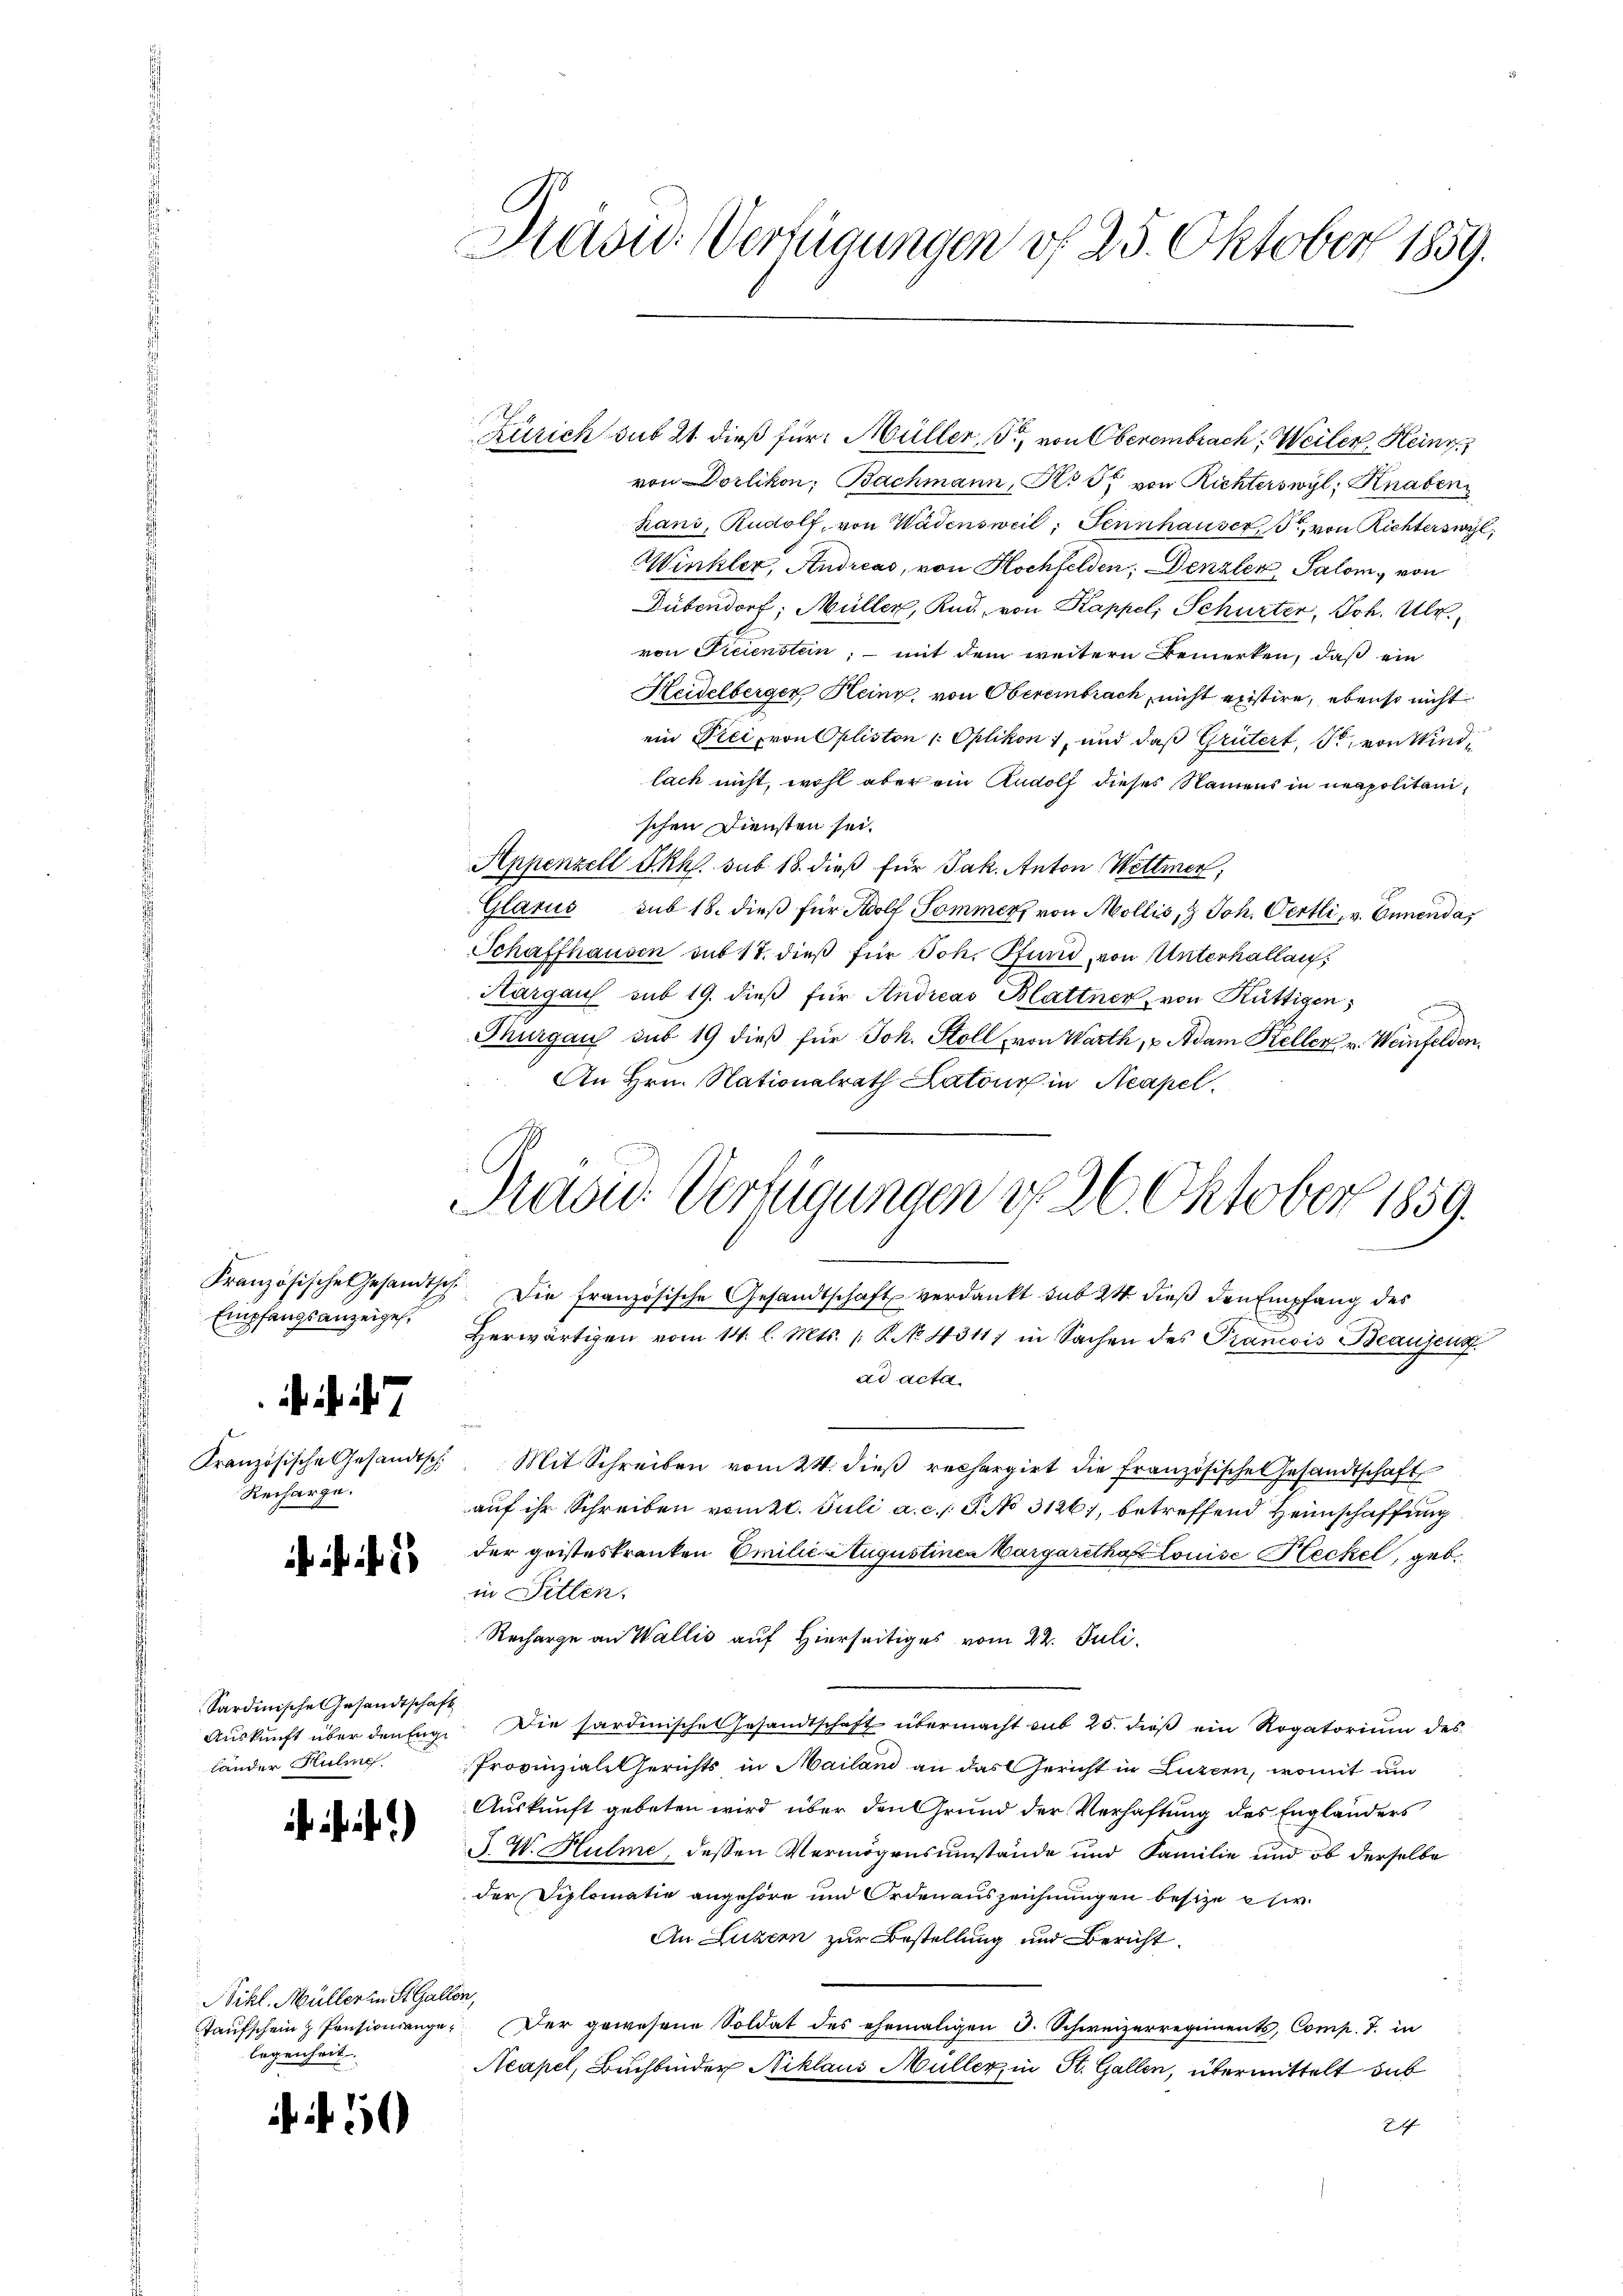
Französische Gesandtsch
Empfangsanzeige,
 7
Kranzösische Gesandtsch
Recharge.

Sardinische Gesandtschaft
Auskunft über den Englander Huline

i.)

Nikl. Müller in St. Galle
aufschein  Pensionsangelegenheit.

10

Havid Verfügungen vf 25. Oktober 1859.

Zürich sub 21 dieß für Müller, So von Oberembrach, Weiler Heinr
von Dorlikon, Bachmann, Kts. von Richterswyl, Knaben
hans, Rudolf, von Wädensweil, Sennhauser, Pr. von Richterswyl,
.
Winkler, Andreas, von Hochfelden; Denzler, Salom, von
Dübendorf, Müller, Kad, von Kappel, Schurter, Joh. Ulr.
von Ficienstein; – mit dem weitern Bemerken, daß ein
Heidelberger Heinz, von Oberembrach, nicht existire, ebenso nicht
ein Frei, von Oplisten /: Optikon, und daß Grütert, Pr. von Windlach nicht, wohl aber ein Rudolf dieses Namens in neapolitanischen Diensten sei.
Appenzell I.Rh. sub 18. dieß für Jak. Anton Wettmer,
Glarus sub 18. dieß für Adolf Sommer von Mollis, & Joh. Oertli, v. Ennendas
Schaffhausen aus 17. dieß für Joh. Pfund, von Unterhallen,
Hargau sub 19. dieß für Andreas Blattner, von Rüttigen,
Thurgau sub 19 dieß für Joh. Stoll von Warth, u Adam Keller v. Weinfelden,
An Hrn. Nationalrath Latone in Acapel.
Drad: Verfügungen d. 26. Oktober 1859.

Die französische Gesandtschaft verdankt sub 24 dieß den Empfang des
Herwärtigen vom 14. l. Mts. 1. P. No. 4311) in Sachen des Prancois Beauscus
ad acta
Mit Schreiben vom 24. dieß rechargirt die Französische Gesandtschaft
auf ihr Schreiben vom 21. Juli a. c. s. S. No 3126), betreffend Heimschaffung
der geisteskranken Emilie Augustinen Vargaretha Louise Heckel, gebe
in Sitten.
Recharge an Wallis auf Hierseitiges vom 22. Juli.
Die Sardinische Gesandtschaft übermacht mit 25. dieß ein Rogatorium des
Provinziale Gerichts in Mailand an das Gericht in Luzern, womit um
Auskunft gebeten wird über den Grund der Verhaftung des Englanders
J. J. Hulme, dessen Vermögensumstände und Familie und ob derselbe
der Diplomatis angehöre und Orden auszeichnungen besize ei
An Luzern zur Bestellung und Bericht
52
Der gewesene Soldat des ehemaligen d. Schweizerregiments, Comp. J. in
Acapel, Buchbinder Niklaus Müller, in St. Gallen, übermittelt dab
2